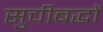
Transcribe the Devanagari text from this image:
सुचीबद्धों